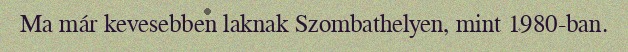
Ma már kevesebben laknak Szombathelyen, mint 1980-ban.